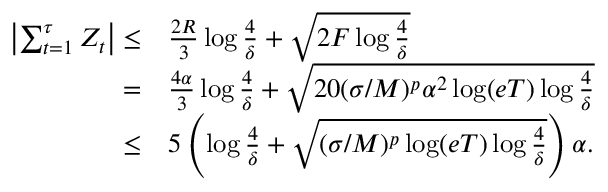
\begin{array} { r l } { \left| \sum _ { t = 1 } ^ { \tau } Z _ { t } \right| \leq } & { \frac { 2 R } { 3 } \log \frac { 4 } { \delta } + \sqrt { 2 F \log \frac { 4 } { \delta } } } \\ { = } & { \frac { 4 \alpha } { 3 } \log \frac { 4 } { \delta } + \sqrt { 2 0 ( \sigma / M ) ^ { p } \alpha ^ { 2 } \log ( e T ) \log \frac { 4 } { \delta } } } \\ { \leq } & { 5 \left( \log \frac { 4 } { \delta } + \sqrt { ( \sigma / M ) ^ { p } \log ( e T ) \log \frac { 4 } { \delta } } \right) \alpha . } \end{array}